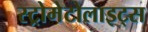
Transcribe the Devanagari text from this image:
स्ट्रोमेटोलाइट्स